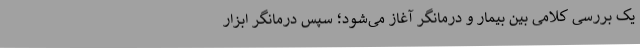
یک بررسی کلامی بین بیمار و درمانگر آغاز می‌شود؛ سپس درمانگر ابزار